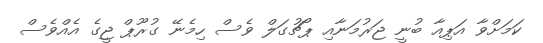
ކަމަށްވާ އަޕިއާ ބުނީ ޖަރުމަނާއި ޕޯޗުގަލް ވެސް ހިމެނޭ ގުރޫޕް ޖީގެ އެއްވެސް